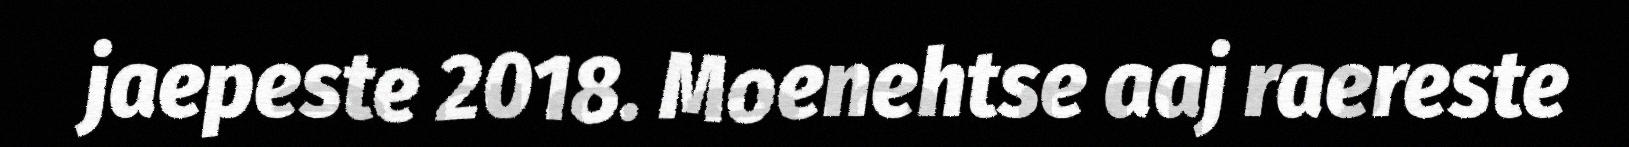
jaepeste 2018. Moenehtse aaj raereste